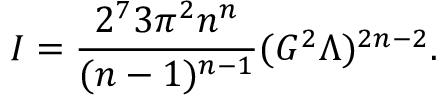
I = \frac { 2 ^ { 7 } 3 \pi ^ { 2 } n ^ { n } } { ( n - 1 ) ^ { n - 1 } } ( G ^ { 2 } \Lambda ) ^ { 2 n - 2 } .